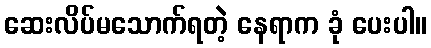
ဆေးလိပ်မသောက်ရတဲ့ နေရာက ခုံ ပေးပါ။